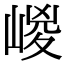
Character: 嵕